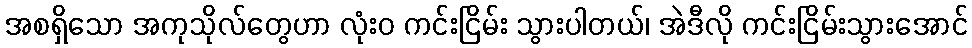
အစရှိသော အကုသိုလ်တွေဟာ လုံးဝ ကင်းငြိမ်း သွားပါတယ်၊ အဲဒီလို ကင်းငြိမ်းသွားအောင်